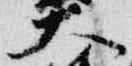
大